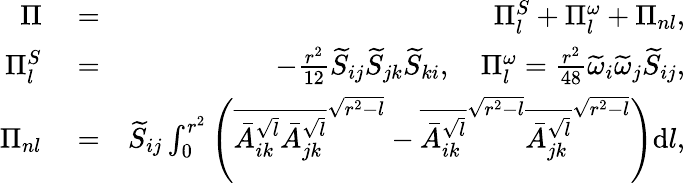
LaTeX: \begin{array}{rlr}{\Pi}&{{}=}&{\Pi_{l}^{S}+\Pi_{l}^{\omega}+\Pi_{nl},}\\ {\Pi_{l}^{S}}&{{}=}&{-\frac{r^{2}}{12}\widetilde{S}_{ij}\widetilde{S}_{jk}\widetilde{S}_{ki},\quad\Pi_{l}^{\omega}=\frac{r^{2}}{48}\widetilde{\omega}_{i}\widetilde{\omega}_{j}\widetilde{S}_{ij},}\\ {\Pi_{nl}}&{{}=}&{\widetilde{S}_{ij}\int_{0}^{r^{2}}\left(\overline{{\bar{A}_{ik}^{\sqrt{l}}\bar{A}_{jk}^{\sqrt{l}}}}^{\sqrt{r^{2}-l}}-\overline{{\bar{A}_{ik}^{\sqrt{l}}}}^{\sqrt{r^{2}-l}}\overline{{\bar{A}_{jk}^{\sqrt{l}}}}^{\sqrt{r^{2}-l}}\right)\mathrm{d}l,}\end{array}